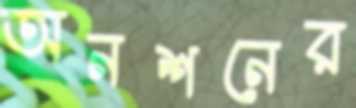
অনশনের